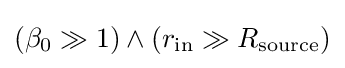
(\beta _{0}\gg 1)\wedge (r_{\text{in}}\gg R_{\text{source}})